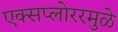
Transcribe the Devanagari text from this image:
एक्सप्लोररमुळे